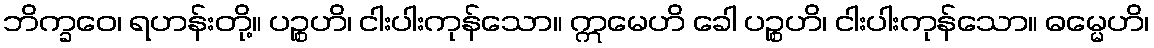
ဘိက္ခဝေ၊ ရဟန်းတို့။ ပဉ္စဟိ၊ ငါးပါးကုန်သော။ ဣမေဟိ ခေါ ပဉ္စဟိ၊ ငါးပါးကုန်သော။ ဓမ္မေဟိ၊